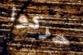
حركوا